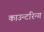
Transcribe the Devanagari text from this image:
काउन्टरिन्ग